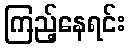
ကြည့်နေရင်း